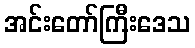
အင်းတော်ကြီးဒေသ